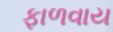
ફાળવાય